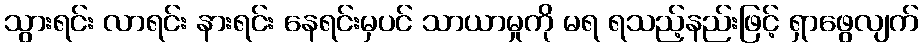
သွားရင်း လာရင်း နားရင်း နေရင်းမှပင် သာယာမှုကို မရ ရသည့်နည်းဖြင့် ရှာဖွေလျက်